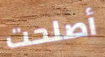
أصلحت